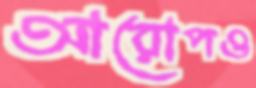
আরোপও